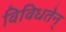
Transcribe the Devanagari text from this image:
विविधतेन्